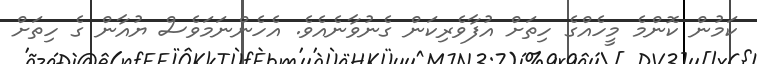
ކަމުން ކޮންމެ މީހެއްގެ ހިތަށް އުފާވެރިކަން ގެނުވާނެއެވެ. އެހެންނަމަވެސް ޔުއާން ގެ ހިތަށް